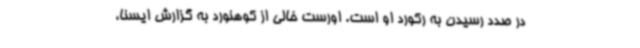
در صدد رسیدن به رکورد او است. اورست خالی از کوهنورد به گزارش ایسنا،